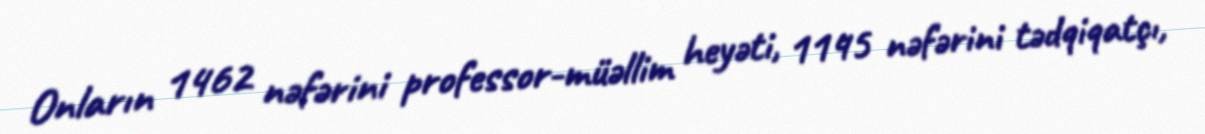
Onların 1462 nəfərini professor-müəllim heyəti, 1145 nəfərini tədqiqatçı,